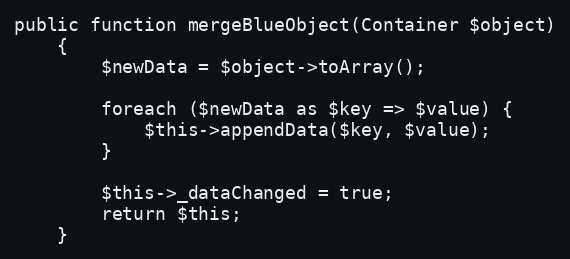
Language: PHP
public function mergeBlueObject(Container $object)
    {
        $newData = $object->toArray();

        foreach ($newData as $key => $value) {
            $this->appendData($key, $value);
        }

        $this->_dataChanged = true;
        return $this;
    }